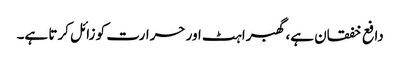
دافع خفقان ہے، گھبراہٹ اور حرارت کو زائل کرتا ہے۔